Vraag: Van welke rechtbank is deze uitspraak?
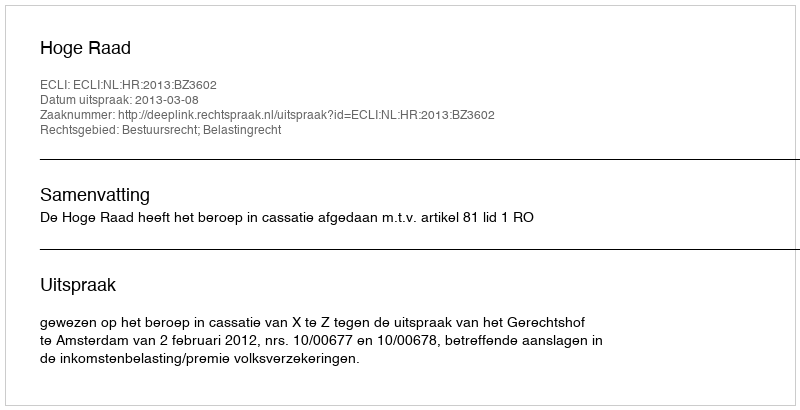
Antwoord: Hoge Raad